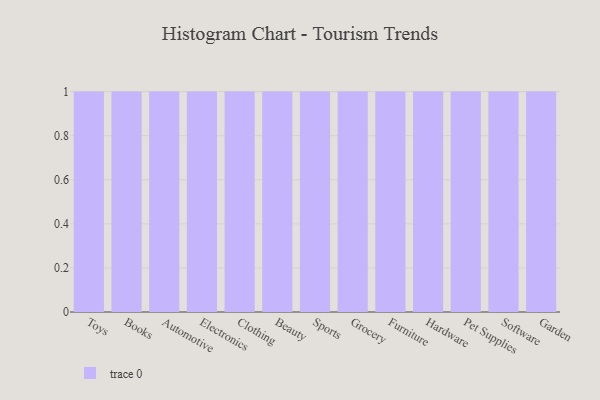
{"axis": {"x": "Category", "y": "Satisfaction Score"}, "legend": [""], "data": [{"x": "Toys", "y": 47, "type": ""}, {"x": "Books", "y": 88, "type": ""}, {"x": "Automotive", "y": 15, "type": ""}, {"x": "Electronics", "y": 17, "type": ""}, {"x": "Clothing", "y": 45, "type": ""}, {"x": "Beauty", "y": 43, "type": ""}, {"x": "Sports", "y": 85, "type": ""}, {"x": "Grocery", "y": 79, "type": ""}, {"x": "Furniture", "y": 16, "type": ""}, {"x": "Hardware", "y": 28, "type": ""}, {"x": "Pet Supplies", "y": 72, "type": ""}, {"x": "Software", "y": 97, "type": ""}, {"x": "Garden", "y": 29, "type": ""}]}